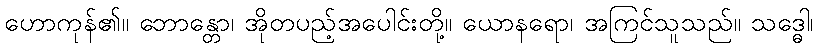
ဟောကုန်၏။ ဘောန္တော၊ အိုတပည့်အပေါင်းတို့။ ယောနရော၊ အကြင်သူသည်။ သဒ္ဓေါ၊